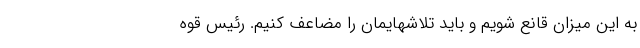
به این میزان قانع شویم و باید تلاشهایمان را مضاعف کنیم. رئیس قوه